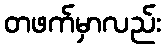
တဖက်မှာလည်း